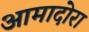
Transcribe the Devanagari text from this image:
आमादोरा